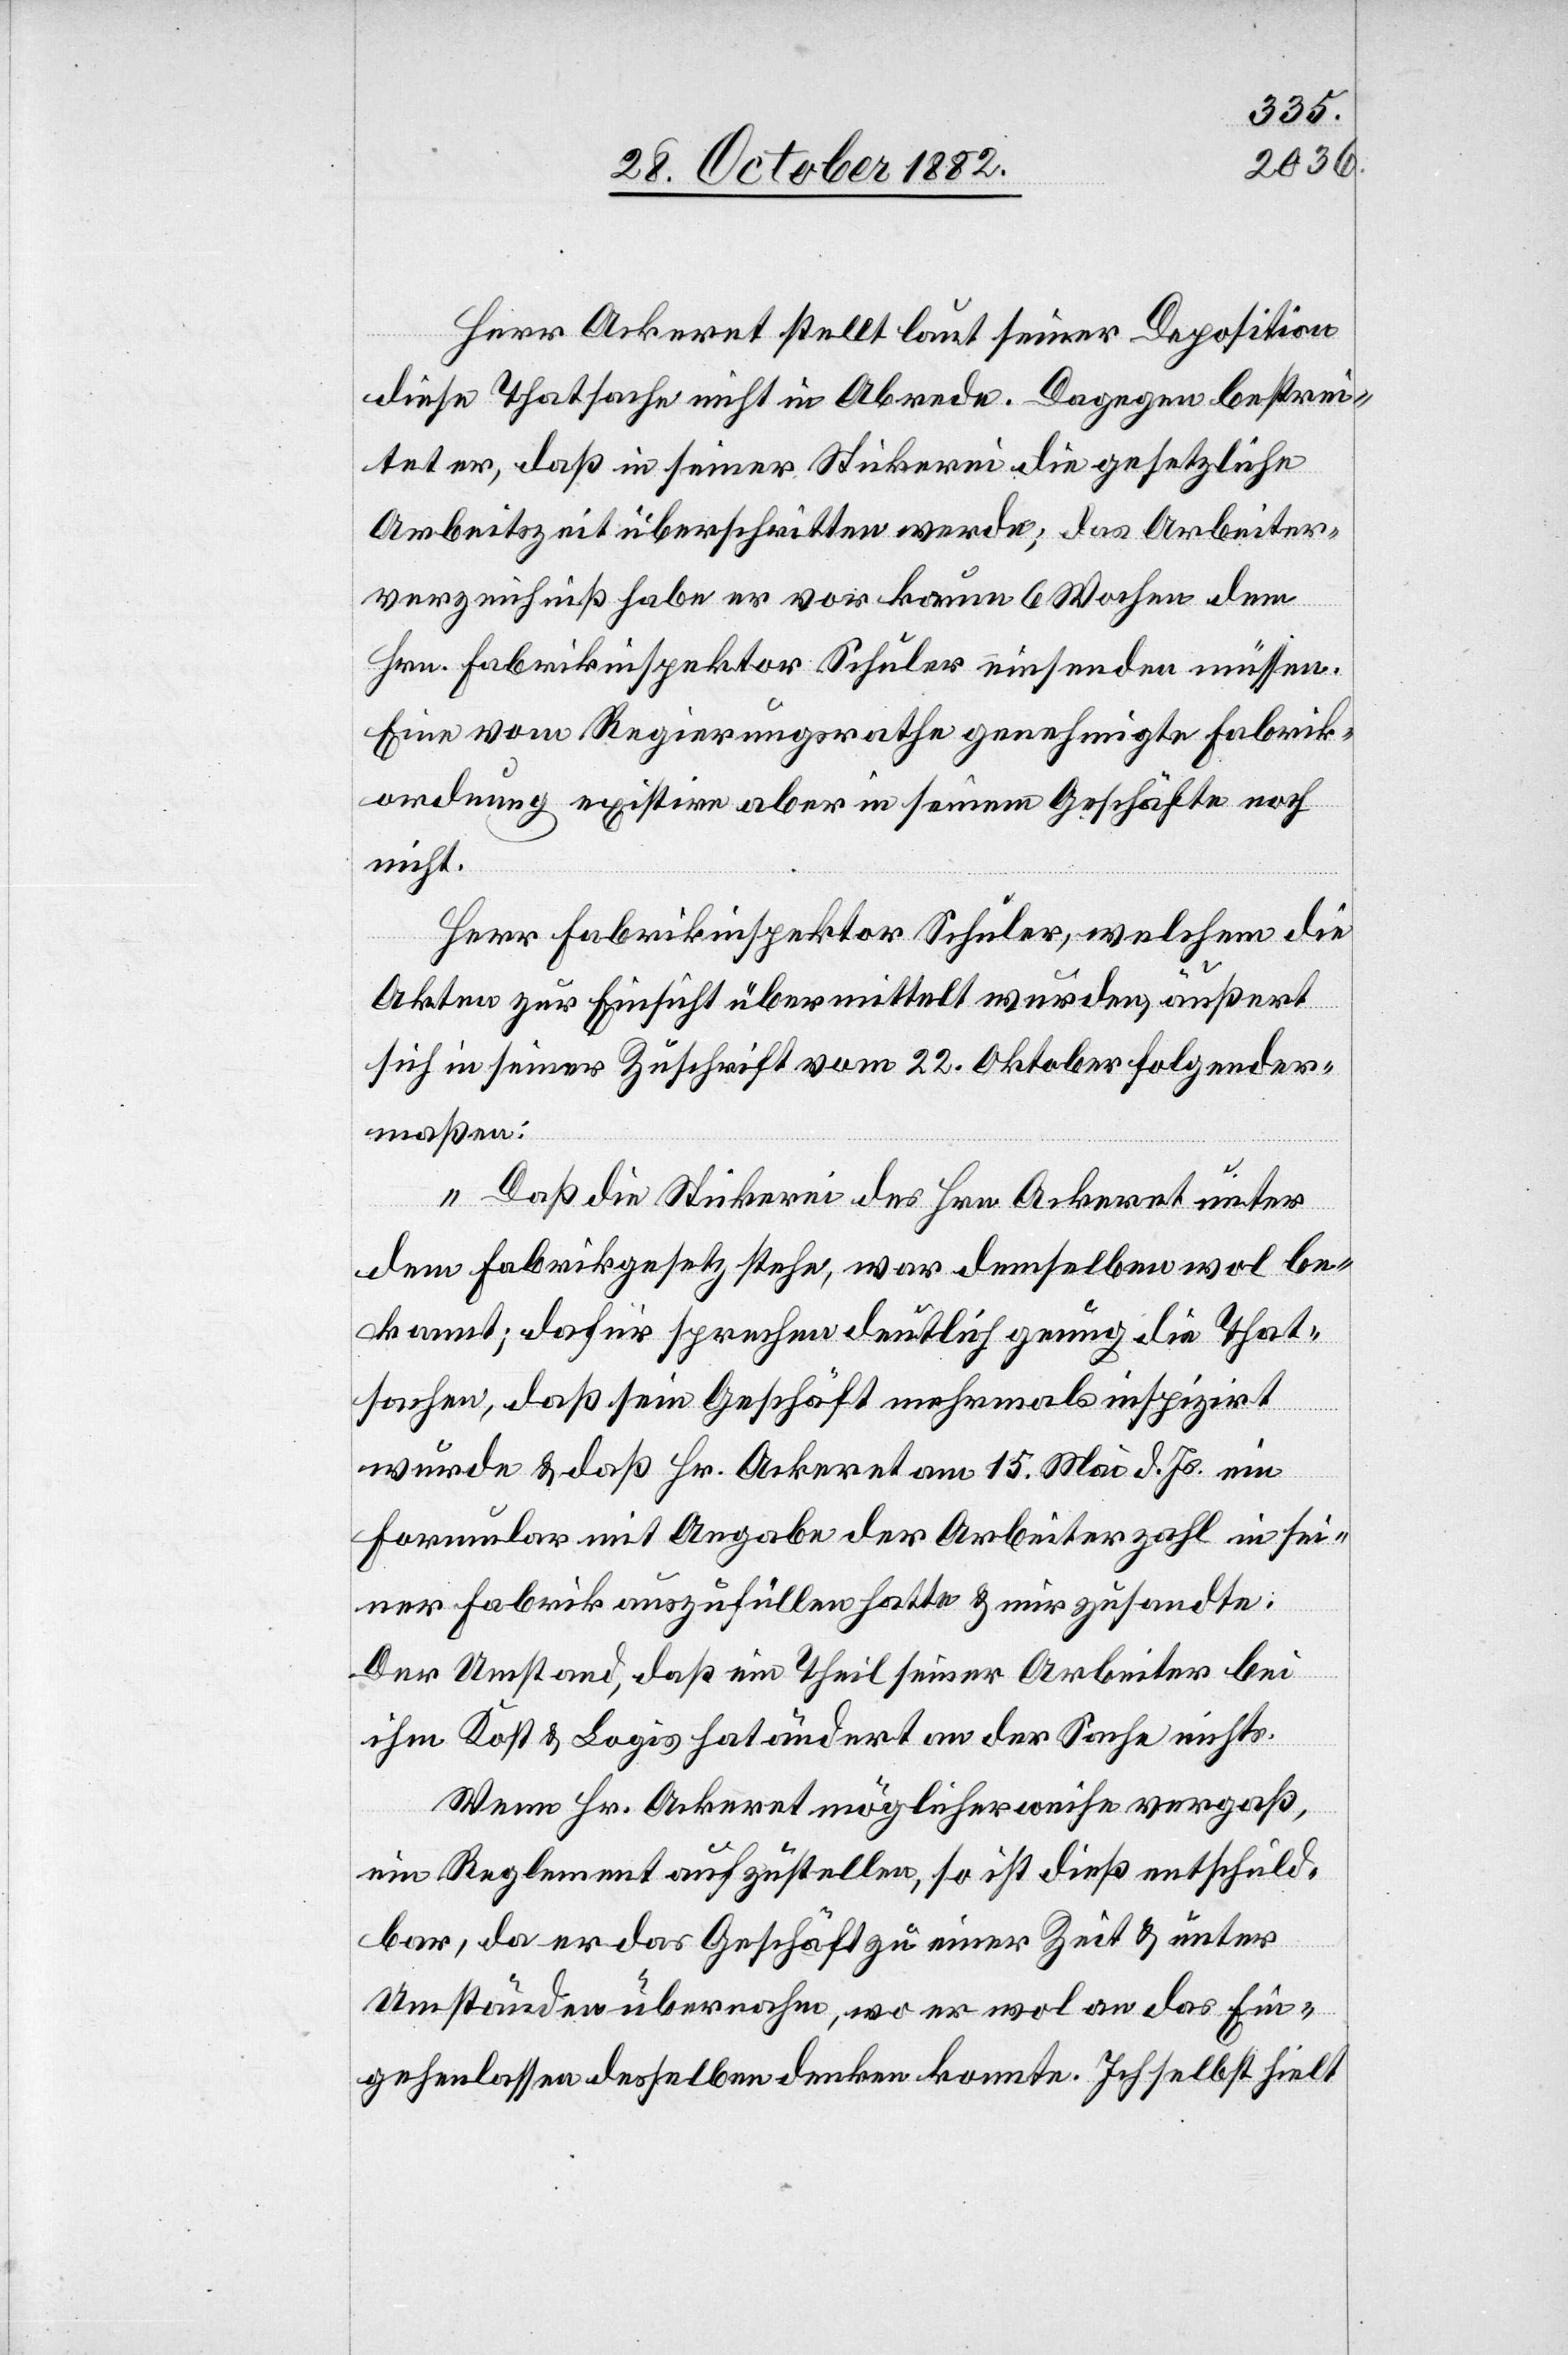
Herr Ackeret stellt laut seiner Deposition
diese Thatsache nicht in Abrede. Dagegen bestrei¬
tet er, daß in seiner Stickerei die gesetzliche
Arbeitszeit überschritten werde; das Arbeiter¬
verzeichniß habe er vor kaum 6 Wochen dem
Hrn. Fabrikinspektor Schuler einsenden müssen.
Eine vom Regierungsrathe genehmigte Fabrik¬
ordnung existire aber in seinem Geschäfte noch
nicht.
Herr Fabrikinspektor Schuler, welchem die
Akten zur Einsicht übermittelt wurden, äußert
sich in seiner Zuschrift vom 22. Oktober folgender¬
maßen:
„Daß die Stickerei des Hrn. Ackeret unter
dem Fabrikgesetz stehe, war demselben wol be¬
kannt; dafür sprechen deutlich genug die That¬
sachen, daß sein Geschäft mehrmals inspizirt
wurde & daß Hr. Ackeret am 15. Mai d. Js. ein
Formular mit Angabe der Arbeiterzahl in sei¬
ner Fabrik auszufüllen hatte & mir zusandte.
Der Umstand, daß ein Theil seiner Arbeiter bei
ihm Kost & Logis hat ändert an der Sache nichts.
Wenn Hr. Ackeret möglicherweise vergaß,
ein Reglement aufzustellen, so ist dieß entschuld¬
bar, da er das Geschäft zu einer Zeit & unter
Umständen übernahm, wo er wol an das Ein¬
gehenlassen desselben denken konnte. Ich selbst hielt